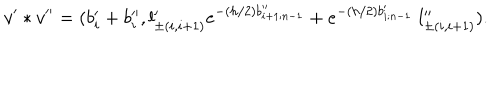
v ^ { \prime } * v ^ { \prime \prime } = ( b _ { i } ^ { \prime } + b _ { i } ^ { \prime \prime } , l _ { \pm ( i , i + 1 ) } ^ { \prime } e ^ { - ( h / 2 ) b _ { i + 1 ; n - 1 } ^ { \prime \prime } } + e ^ { - ( h / 2 ) b _ { i ; n - 1 } ^ { \prime } } \; l _ { \pm ( i , i + 1 ) } ^ { \prime \prime } ) .